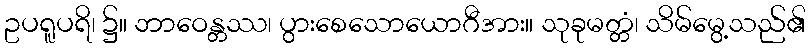
ဥပရူပရိ၊ ၌။ ဘာဝေန္တဿ၊ ပွားစေသောယောဂီအား။ သုခုမတ္တံ၊ သိမ်မွေ့သည်၏